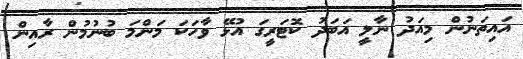
އައިތަނުން މިއަދު ނާލީ އަބަދު ކޮޓަރީގަ އުޅޭ ވާހަކަ މަންމަ ބުނުމުން ރާއިން